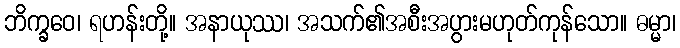
ဘိက္ခဝေ၊ ရဟန်းတို့။ အနာယုဿ၊ အသက်၏အစီးအပွားမဟုတ်ကုန်သော။ ဓမ္မာ၊